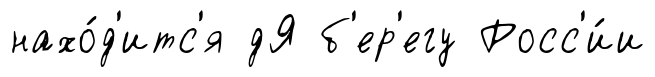
нахо́д'итс'я дЯ б'ер'егу Росс'и́и